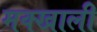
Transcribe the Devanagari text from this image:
मक्खाली